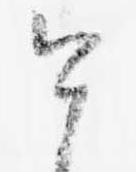
今